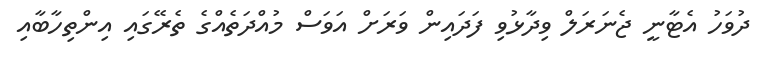
ދުވަހު އެޓާނީ ޖެނަރަލް ވިދާޅުވި ފަދައިން ވަރަށް އަވަސް މުއްދަތެއްގެ ތެރޭގައި އިންތިހާބާއި